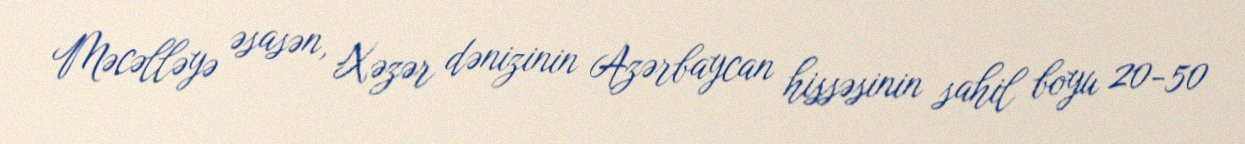
Məcəlləyə əsasən, Xəzər dənizinin Azərbaycan hissəsinin sahil boyu 20-50